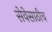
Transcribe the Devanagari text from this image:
सेवेसाठीच